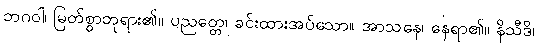
ဘဂဝါ၊ မြတ်စွာဘုရား၏။ ပညတ္တေ၊ ခင်းထားအပ်သော။ အာသနေ၊ နေရာ၏။ နိသီဒိ၊